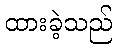
ထားခဲ့သည်